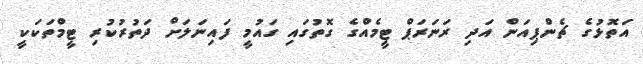
އަތޮޅުގެ ޗެންޕިއަން އަދި ރަނަރަޕް ޓީމެއްގެ ގޮތުގައި ގައުމީ ފައިނަލަށް ދަތުރުކުރި ޓީމްތަކަކީ